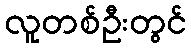
လူတစ်ဦးတွင်